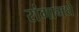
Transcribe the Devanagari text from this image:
रांगामधे